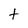
Character: t